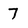
Character: 7